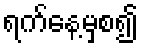
ရက်နေ့မှစ၍